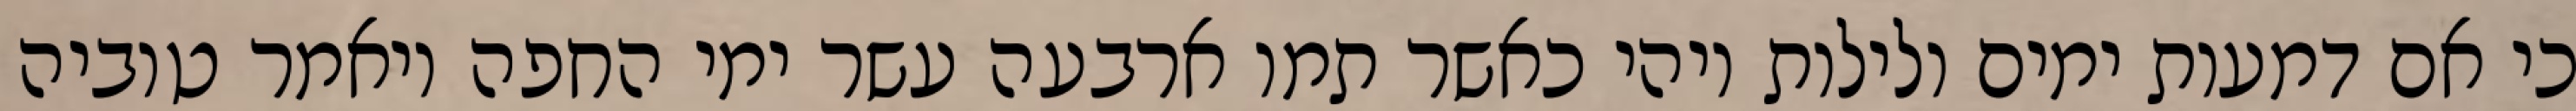
כי אם דמעות ימים ולילות ויהי כאשר תמו ארבעה עשר ימי החפה ויאמר טוביה